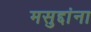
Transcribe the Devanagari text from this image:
मसुद्दांना